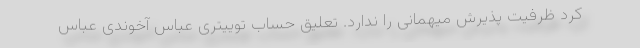
کرد ظرفیت پذیرش میهمانی را ندارد. تعلیق حساب توییتری عباس آخوندی عباس